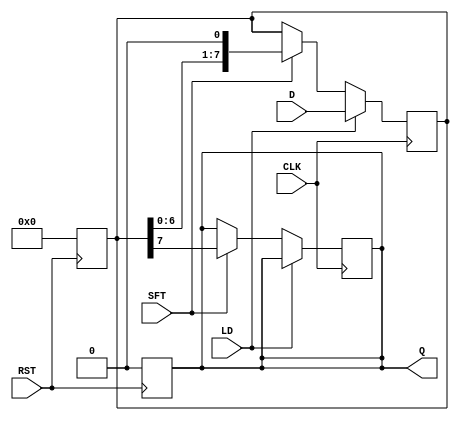
module PISO_Register #(
    parameter N = 8  // Number of bits in the register
)(
    input wire [N-1:0] D,    // Parallel input data
    input wire LD,           // Load control signal
    input wire SFT,          // Shift control signal
    input wire CLK,          // Clock signal
    input wire RST,          // Asynchronous reset signal
    output reg Q             // Serial output
);

    reg [N-1:0] shift_reg;   // Shift register to hold the data

    // Asynchronous reset
    always @(posedge RST) begin
        shift_reg <= {N{1'b0}}; // Clear the shift register
        Q <= 1'b0;              // Clear the output
    end

    // Main operation
    always @(posedge CLK) begin
        if (LD) begin
            // Load data into the shift register
            shift_reg <= D;
        end else if (SFT) begin
            // Shift data out
            Q <= shift_reg[N-1]; // Output the MSB
            shift_reg <= {shift_reg[N-2:0], 1'b0}; // Shift left and fill LSB with 0
        end
    end

endmodule